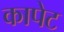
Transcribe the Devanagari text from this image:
कापेट